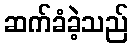
ဆက်ခံခဲ့သည်